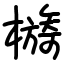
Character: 檹